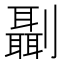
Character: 𠠨